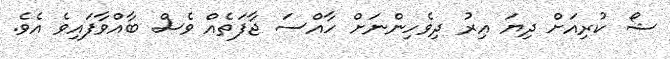
ޝޯ ކުރިއަށް ދިޔަ އިރު ދިވެހިންނަށް ހާއްސަ ޖާފަތެއް ވެސް ބާއްވާފައިވެ އެވެ.